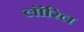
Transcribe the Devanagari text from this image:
लॉरिल